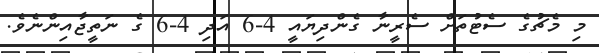
މި މެޗުގެ ސެޓުތަށް ސެރީނާ ގެންދިޔައީ 4-6 އަދި 4-6 ގެ ނަތީޖާއިންނެވެ.